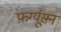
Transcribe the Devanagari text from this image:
फ़र्ग्यूसन